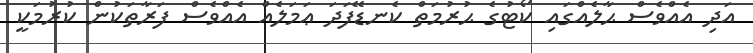
އަދި އެއްވެސް ޙާލެއްގައި ކޯޓުގެ ޙުރުމަތް ކެނޑޭފަދަ ޢަމަލެއް އެއްވެސް ފަރާތަކުން ކުރުމަކީ